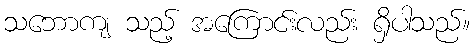
သဘောကျ သည့် အကြောင်းလည်း ရှိပါသည်။